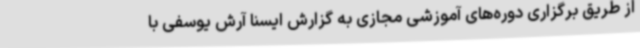
از طریق برگزاری دوره‌های آموزشی مجازی به گزارش ایسنا آرش یوسفی با